Newspaper: Wood County reporter. [volume]
Place of publication: Grand Rapids [i.e. Wisconsin Rapids], Wis.
Publisher: [J.N. Brundage]
Date: 1895-01-10 00:00:00
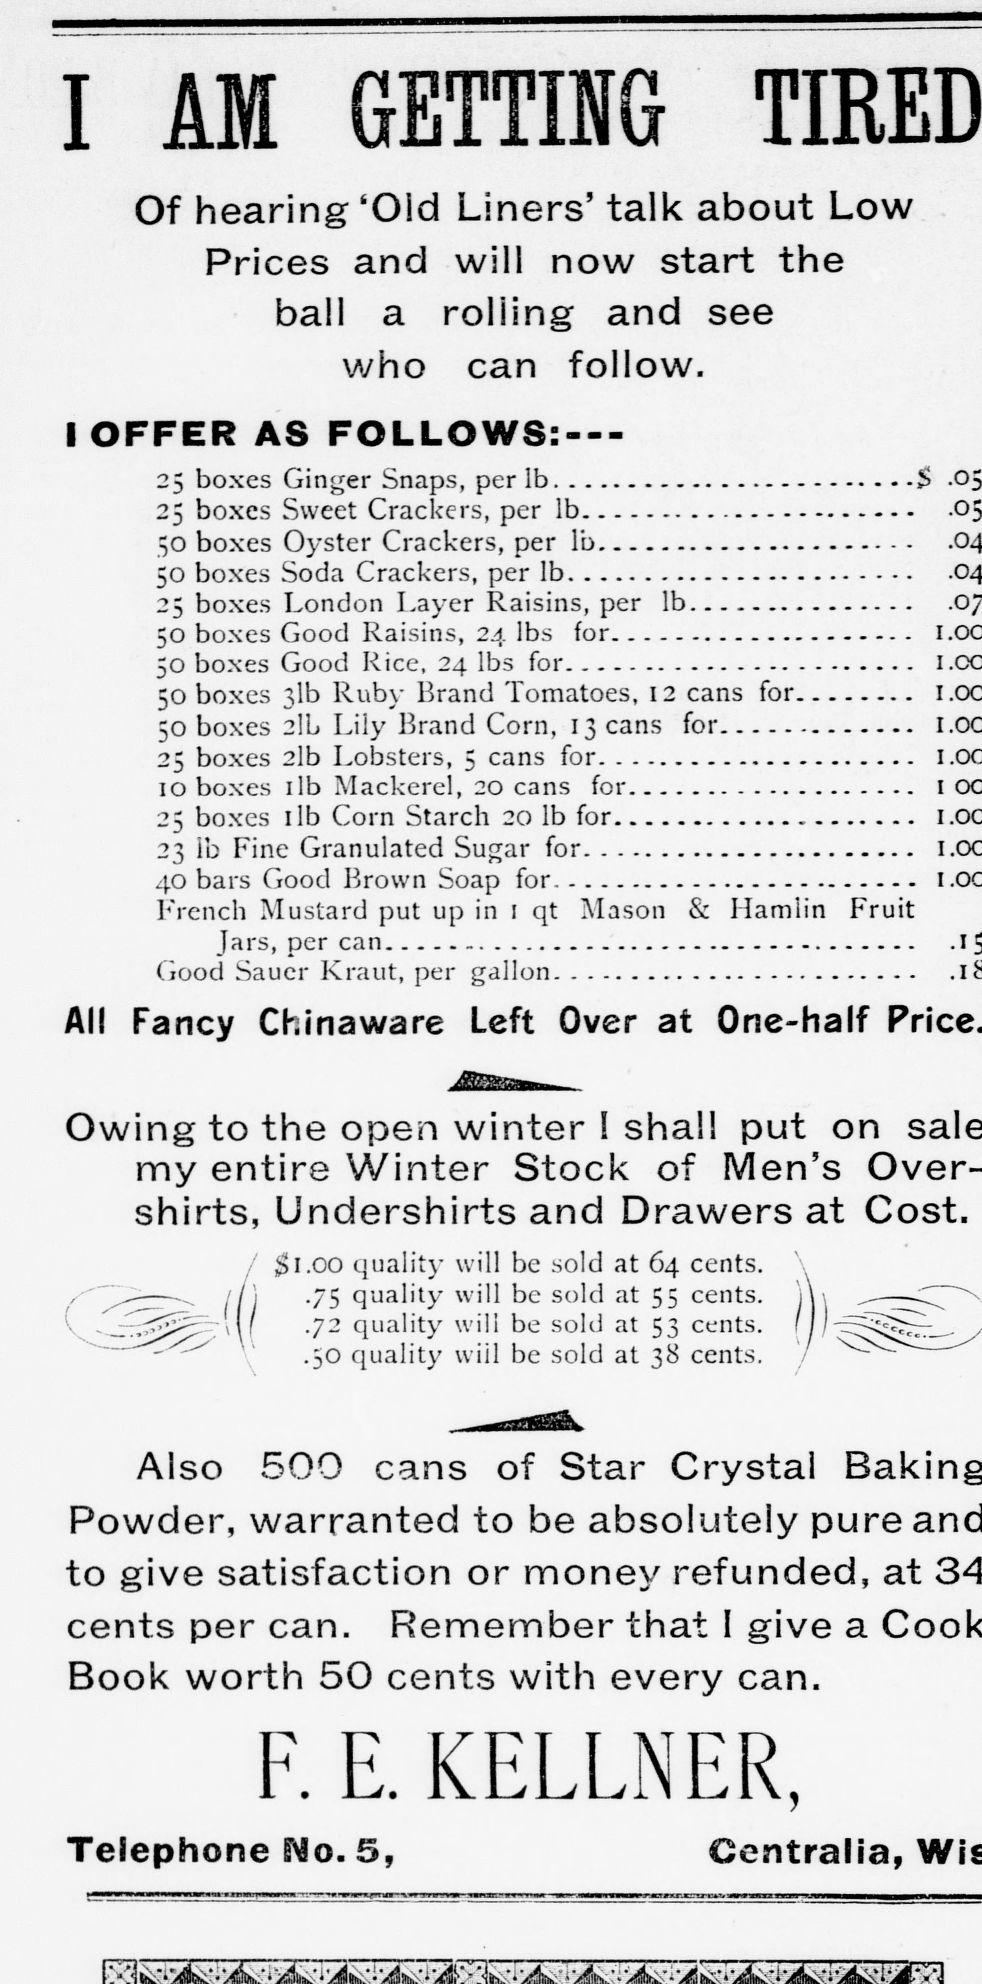
Advertisement text (OCR):
I AM GETTING Of hearing ‘Old Liners’ talk about Low Prices and will now start the ball a rolling and see who can follow. I OFFER AS FOLLOWS; 25 boxes Ginger Snaps, per lb $ .05 25 boxes Sweet Crackers, per lb 05 50 boxes Oyster Crackers, per lb 50 boxes Soda Crackers, per lb 25 boxes London Layer Raisins, per lb 50 boxes Good Raisins, 24 lbs for 50 boxes Good Rice, 24 lbs for 50 boxes 31b Ruby Brand Tomatoes, 12 cans for 50 boxes 2IL Lily Brand Corn, 13 cans for 25 boxes 2lb Lobsters, 5 cans for 10 boxes Ilb Mackerel, 20 cans for 1 25 boxes lib Corn Starch 20 lb for 23 lb Fine Granulated Sugar for 40 bars Good Brown Soap for French Mustard put up in 1 qt Mason & Hamlin Fruit Jars, per can Good Sauer Kraut, per gallon All Fancy Chinaware Left Over at One-half Owing to the open winter 1 shall put on my entire Winter Stock of Men’s Over shirts, Undershirts and Drawers at Cost. $ 1.00 quality will be sold at 64 cents. //] -75 quality will be sold at 55 cents. m - . vl l .72 quality will be sold at 53 cents. / .50 quality will be sold at 38 cents. Also 500 cans of Star Crystal Powder, warranted to be absolutely pure to give satisfaction or money refunded, at cents per can. Remember that I give a Book worth 50 cents with every can. F. E. KELLNER, Telephone Wo. 5, Centratia,
Label: text-only